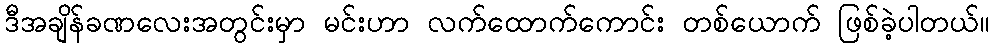
ဒီအချိန်ခဏလေးအတွင်းမှာ မင်းဟာ လက်ထောက်ကောင်း တစ်ယောက် ဖြစ်ခဲ့ပါတယ်။